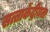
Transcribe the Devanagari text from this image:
सत्ताकेंद्रीयता